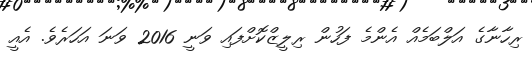
ރިހާނާގެ އަލްބަމެއް އެންމެ ފަހުން ރިލީޒްކޮށްފައި ވަނީ 2016 ވަނަ އަހަރެވެ. އެއީ